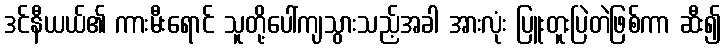
ဒင်နီယယ်၏ ကားမီးရောင် သူတို့ပေါ်ကျသွားသည့်အခါ အားလုံး ပြူးတူးပြဲတဲဖြစ်ကာ ဆီး၍